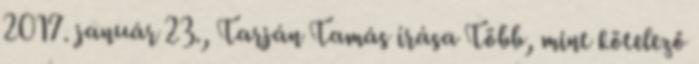
2017. január 23., Tarján Tamás írása Több, mint kötelező